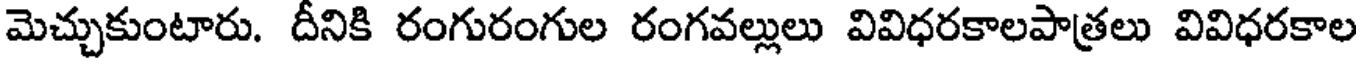
మెచ్చుకుంటారు. దీనికి రంగురంగుల రంగవల్లులు వివిధరకాలపాత్రలు వివిధరకాల